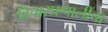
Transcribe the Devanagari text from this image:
विचारप्रणालींचा